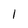
Character: l